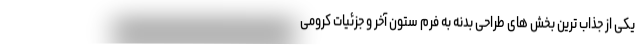
یکی از جذاب ترین بخش های طراحی بدنه به فرم ستون آخر و جزئیات کرومی